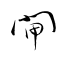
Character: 閘